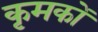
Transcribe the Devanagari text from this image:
कृमकों